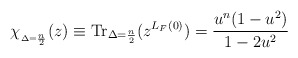
\begin{align*}\chi_{_{\Delta= \frac {n}{2}}}(z) \equiv \mbox{Tr}_{\Delta=\frac {n}{2}} (z^{L_F(0)}) =\frac {u^n(1-u^2)}{1-2u^2}\end{align*}